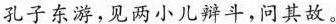
孔子东游，见两小儿辩斗，问其故。